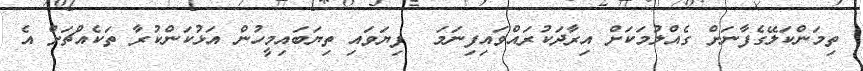
ތިމަންކަލޭގެފާނަށް ގެއްލުމަކަށް އިރާދަކުރައްވައިފިނަމަ  ފިޔަވައި ތިޔަބައިމީހުން އަޅުކަންކުރާ ތަކެއްޗަށް އެ